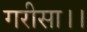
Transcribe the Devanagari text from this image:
गरीसा।।